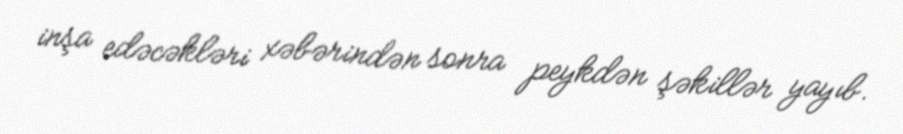
inşa edəcəkləri xəbərindən sonra peykdən şəkillər yayıb.